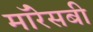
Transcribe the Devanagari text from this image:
मॉरेसबी